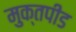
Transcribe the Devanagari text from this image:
मुक्तपीड